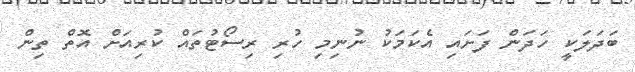
ބަދަލަކީ ހަދަން ފަށައި އެކަމަކު ނުނިމި ހުރި ރިސޯޓުތައް ކުރިއަށް އޮތް ތިން